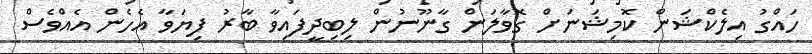
ހައްގު އިލެކްޝަން ކޮމިޝަނަށް ގޮވާލަން ގާނޫނުން ލިބިދީފައިވާ ބާރު ފިޔަވާ އެހެން އެއްވެސް